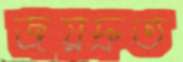
জয়দ্রুত